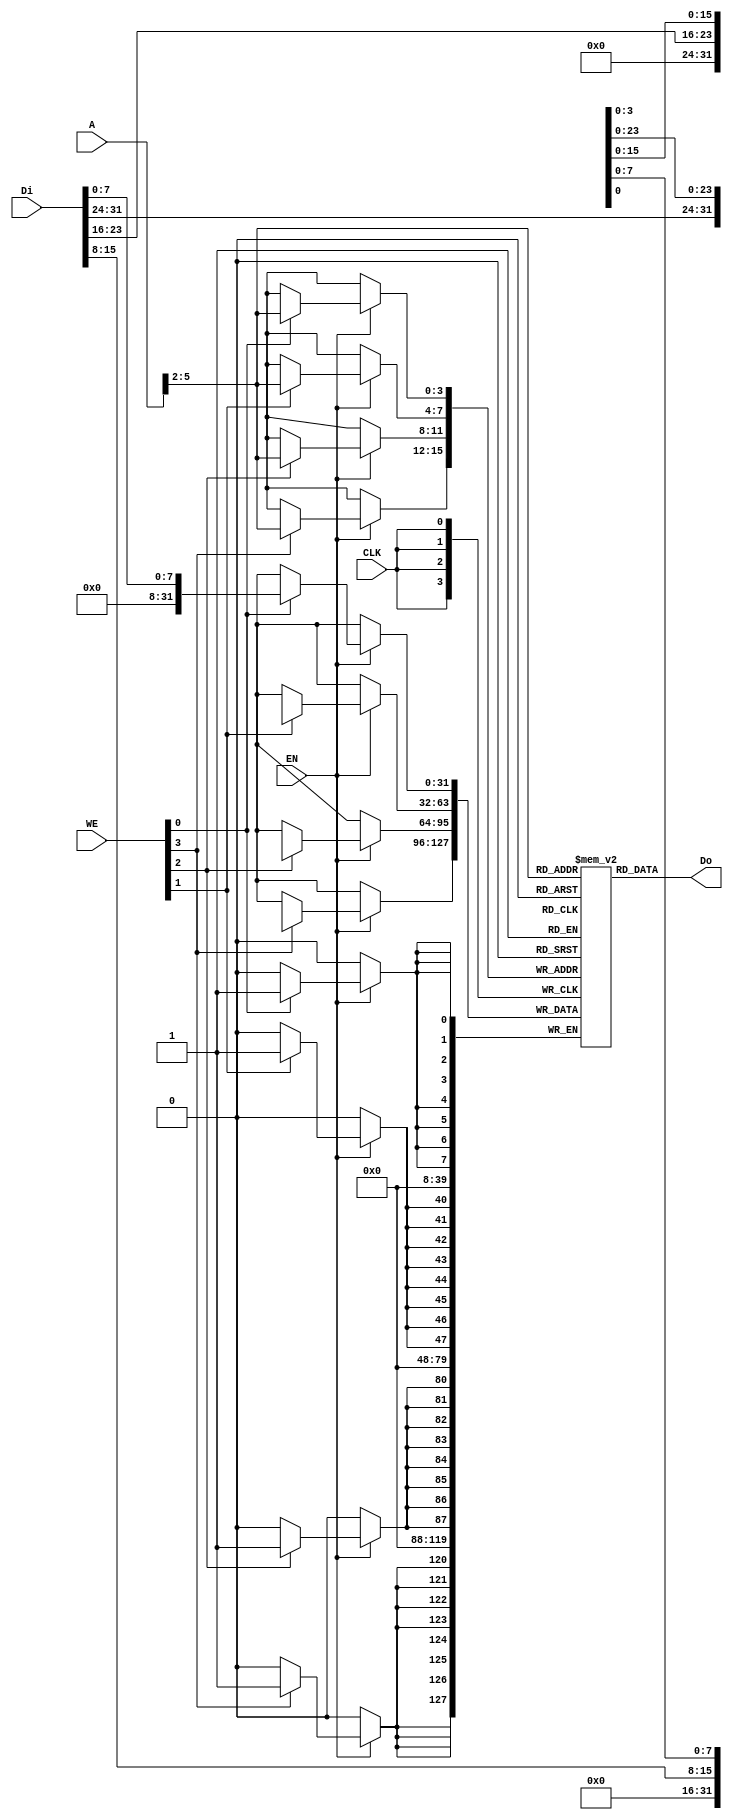
// bram behavior code (can't be synthesis)
// 11 words
module bram11 
(
    CLK,
    WE,
    EN,
    Di,
    Do,
    A
);

    input   wire            CLK;
    input   wire    [3:0]   WE;
    input   wire            EN;
    input   wire    [31:0]  Di;
    output  wire     [31:0]  Do;
    input   wire    [11:0]   A; //address

    //  11 words
	reg [31:0] RAM[0:10]; 
    reg [11:0] r_A; //address

    always @(posedge CLK) begin // synchronous read 
        r_A <= A;
    end

    assign Do =RAM[(A>>2)];   // read

    reg [31:0] Temp_D;
    always @(posedge CLK) begin // synchronous write
        if(EN) begin
            //When WE = 4'b1111 , can write 4 bytes data in 
	        if(WE[0]) RAM[(A>>2)][7:0] <= Di[7:0];
            if(WE[1]) RAM[(A>>2)][15:8] <= Di[15:8];
            if(WE[2]) RAM[(A>>2)][23:16] <= Di[23:16];
            if(WE[3]) RAM[(A>>2)][31:24] <= Di[31:24];
        end
    end

endmodule